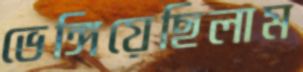
ভেঙ্গিয়েছিলাম